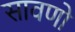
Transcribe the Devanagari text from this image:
सावणो